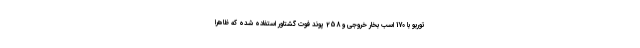
توربو با 170 اسب بخار خروجی و 258 پوند فوت گشتاور استفاده شده که ظاهرا